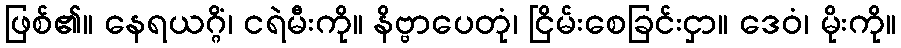
ဖြစ်၏။ နေရယဂ္ဂိံ၊ ငရဲမီးကို။ နိဗ္ဗာပေတုံ၊ ငြိမ်းစေခြင်းငှာ။ ဒေဝံ၊ မိုးကို။